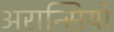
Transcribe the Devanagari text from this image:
अरान्सियो